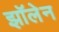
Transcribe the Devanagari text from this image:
झॉलेन